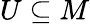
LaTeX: U\subseteq M